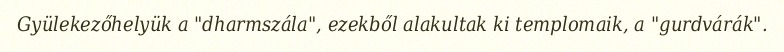
Gyülekezőhelyük a "dharmszála", ezekből alakultak ki templomaik, a "gurdvárák".